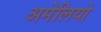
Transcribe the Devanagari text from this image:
अमेलियो